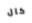
كال